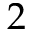
2